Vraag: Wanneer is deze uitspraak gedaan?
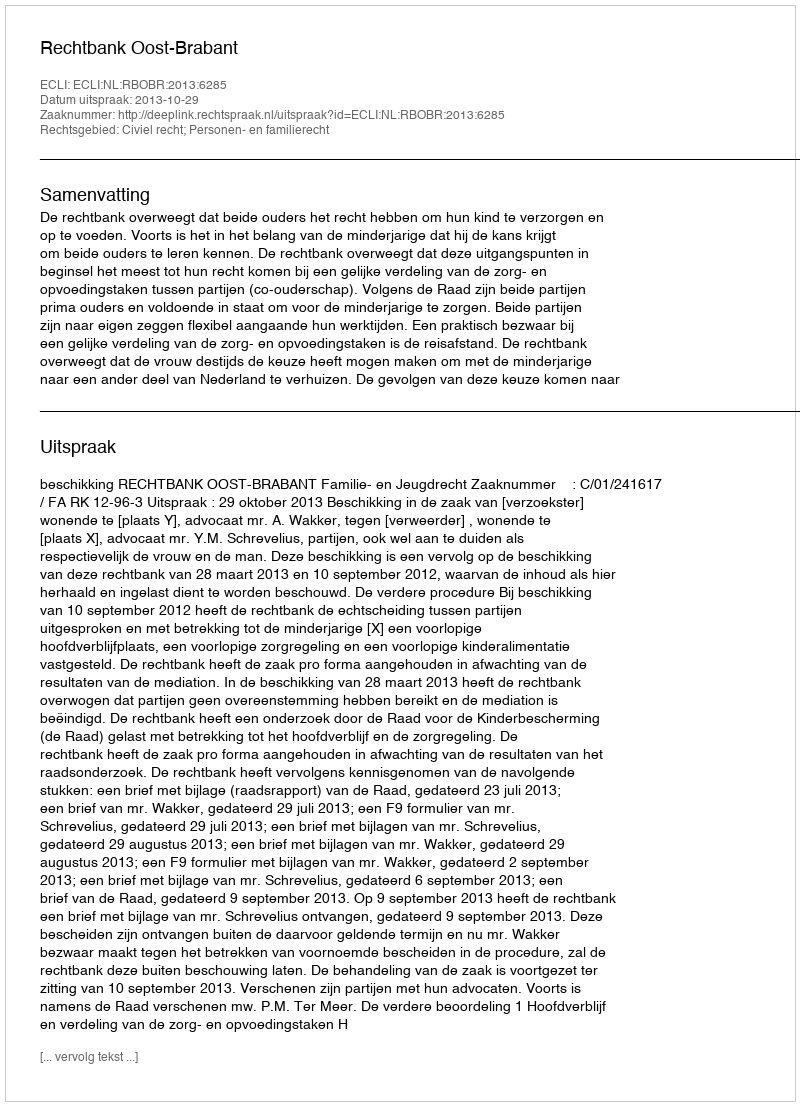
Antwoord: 2013-10-29